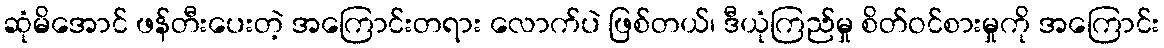
ဆုံမိအောင် ဖန်တီးပေးတဲ့ အကြောင်းတရား လောက်ပဲ ဖြစ်တယ်၊ ဒီယုံကြည်မှု စိတ်ဝင်စားမှုကို အကြောင်း